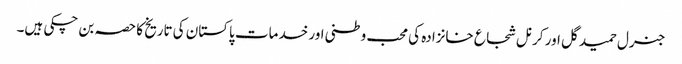
جنرل حمید گل اور کرنل شجاع خانزادہ کی محب وطنی اور خدمات پاکستان کی تاریخ کا حصہ بن چکی ہیں۔